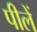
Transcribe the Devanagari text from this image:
पीलें